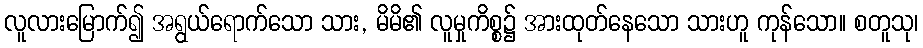
လူလားမြောက်၍ အရွယ်ရောက်သော သား, မိမိ၏ လူမှုကိစ္စ၌ အားထုတ်နေသော သားဟူ ကုန်သော။ စတူသု၊